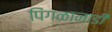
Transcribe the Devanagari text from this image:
पिंगळानाडी